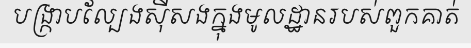
បង្ក្រាបល្បែងស៊ីសងក្នុងមូលដ្ឋានរបស់ពួកគាត់